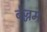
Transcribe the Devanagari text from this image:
बेज्जम